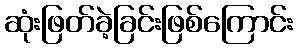
ဆုံးဖြတ်ခဲ့ခြင်းဖြစ်ကြောင်း